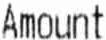
AMOUNT